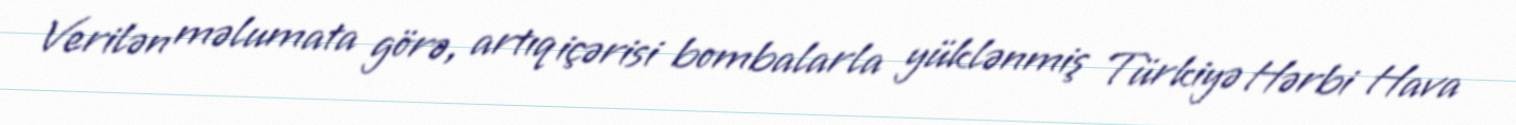
Verilən məlumata görə, artıq içərisi bombalarla yüklənmiş Türkiyə Hərbi Hava